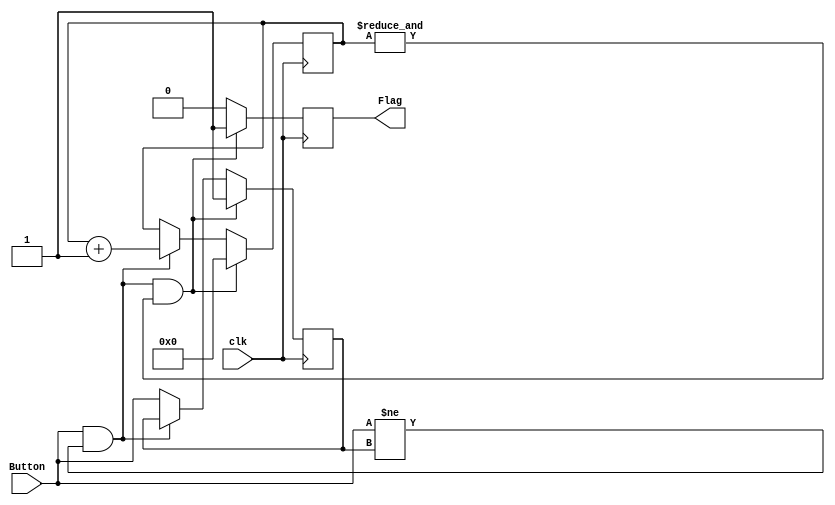
`timescale 1ns / 1ps
//////////////////////////////////////////////////////////////////////////////////
// Company: 
// Engineer: 
// 
// Design Name: 
// Module Name: Debounce
// Project Name: 
// Target Devices: 
// Tool Versions: 
// Description: 
// 
// Dependencies: 
// 
// Revision:
// Revision 0.01 - File Created
// Additional Comments:
// 
//////////////////////////////////////////////////////////////////////////////////


module Debounce(
input clk,		//input clock
input Button,  //input reset signal (external button)
output reg Flag //output reset signal (delayed)
    );
//--------------------------------------------
reg previous_state;
reg [21:0]Count; //assume count is null on FPGA configuration

//--------------------------------------------
always @(posedge clk) begin  	//activates every clock edge
 //previous_state <= Button;		// localise the reset signal
   if (Button && Button != previous_state && &Count) begin		// reset block
    Flag <= 1'b1;					// reset the output to 1
	 Count <= 0;
	 previous_state <= 1;
  end 
  else if (Button && Button != previous_state) begin
	 Flag <= 1'b0;
	 Count <= Count + 1'b1;
  end 
  else begin
	 Flag <= 1'b0;
	 previous_state <= Button;
  end

end //always
 //--------------------------------------------
endmodule
//---------------------------------------------